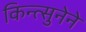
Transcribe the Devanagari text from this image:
किन्त्सुनेने